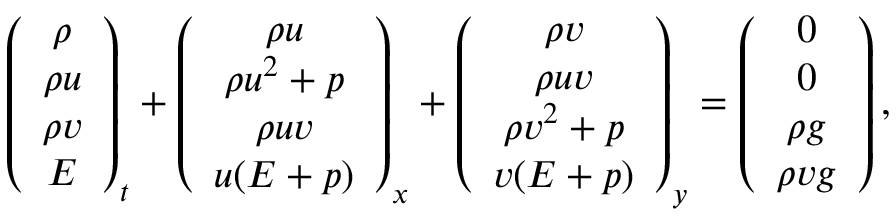
\left( \begin{array} { c } { \rho } \\ { \rho u } \\ { \rho v } \\ { E } \end{array} \right) _ { t } + \left( \begin{array} { c } { \rho u } \\ { \rho u ^ { 2 } + p } \\ { \rho u v } \\ { u ( E + p ) } \end{array} \right) _ { x } + \left( \begin{array} { c } { \rho v } \\ { \rho u v } \\ { \rho v ^ { 2 } + p } \\ { v ( E + p ) } \end{array} \right) _ { y } = \left( \begin{array} { c } { 0 } \\ { 0 } \\ { \rho g } \\ { \rho v g } \end{array} \right) ,